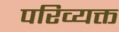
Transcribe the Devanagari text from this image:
परिव्यक्त